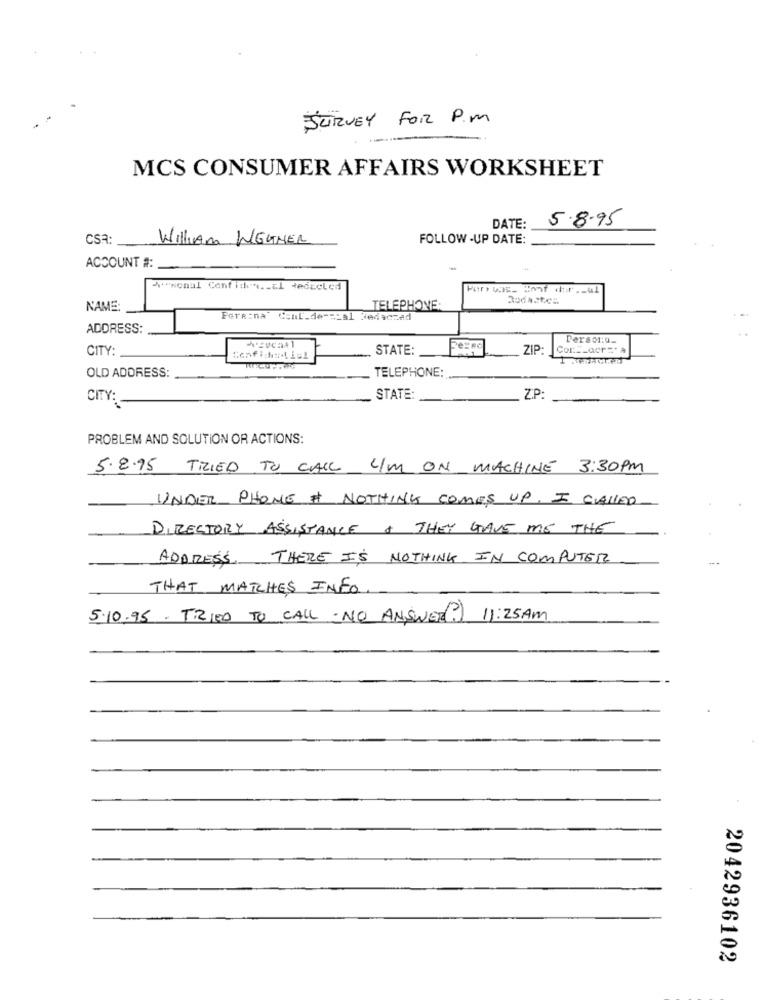
SURVEY FOR P.M
MCS CONSUMER AFFAIRS WORKSHEET
5.8.95
DATE:
csa:
WILLIAM WEATHER
FOLLOW -UP DATE:
ACCOUNT #: _
*schal Confiden .. al Redccled
NAME:
TELEPHONE:
Fere:na" ConL.de-scal Jedaczed
ADDRESS:
Person:u_
CITY:
STATE:
ZIP:
OLD ADDRESS:
TELEPHONE:
CITY:
STATE
Z.P.
PROBLEM AND SOLUTION OR ACTIONS:
5.2.95 TRIED TO CALL UM ON MACHINE 3:30PM
UNDER PHONE # NOTHING COMES UP. I CALLED
DIRECTORY ASSISTANCE & THEY GAVE ME THE
ADDRESS. THERE IS NOTHING IN COMPUTER
THAT MATCHES INFO
5.10.95 . TRIED TO CALL . NO ANSWER? 11:25AM
2042936102